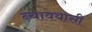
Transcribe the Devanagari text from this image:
न्यावयासी